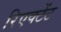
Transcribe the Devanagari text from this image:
रिएक्टेंट